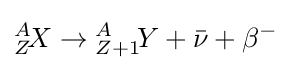
{}_{Z}^{A}\!X\to {}_{Z+1}^{A}\!Y+{\bar {\nu }}+\beta ^{-}